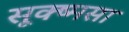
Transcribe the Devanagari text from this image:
सूक्ष्मसा